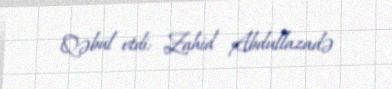
Qəbul etdi: Zahid Abdullazadə